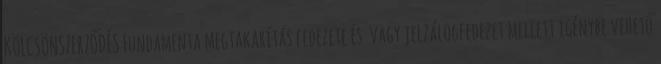
KÖLCSÖNSZERZŐDÉS Fundamenta megtakarítás fedezete és vagy jelzálogfedezet mellett igénybe vehető